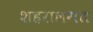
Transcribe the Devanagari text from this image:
शहरालगत